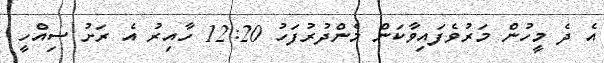
އެ ދެ މީހުން މަރުވެފައިވާކަން މެންދުރުފަހު 12:20 ހާއިރު އެ ރަށު ސިއްހީ